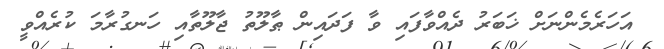
އަހަރެމެންނަށް ޚަބަރު ދެއްވާފައި ވާ ފަދައިން ޠާލޫތު ޖާލޫތާއި ހަނގުރާމަ ކުރެއްވީ